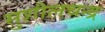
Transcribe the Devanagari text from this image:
सुशीलचन्द्र